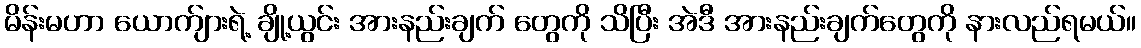
မိန်းမဟာ ယောက်ျားရဲ့ ချို့ယွင်း အားနည်းချက် တွေကို သိပြီး အဲဒီ အားနည်းချက်တွေကို နားလည်ရမယ်။